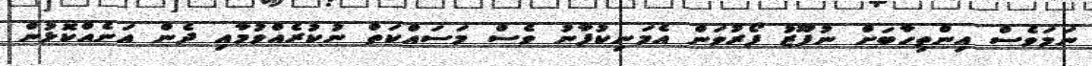
ނަމަވެސް އިންތިހާބަށް ނުފޫޒު ފޯރުވަން އެމަނިކުފާނު ވެސް މަސައްކަތް ނުކުރެއްވުމާއި ދެން އަނެއްކޮޅުން